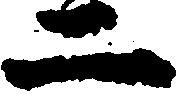
二